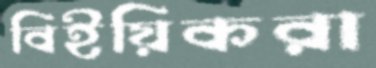
বিইয়িকরা